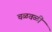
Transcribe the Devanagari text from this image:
चळवळीं